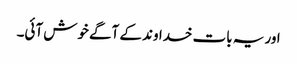
اور یہ بات خداوند کے آگے خوش آئی۔